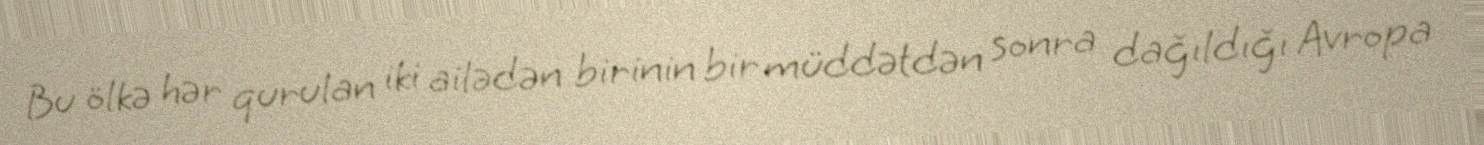
Bu ölkə hər qurulan iki ailədən birinin bir müddətdən sonra dağıldığı Avropa